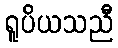
ရူပိယသညီ